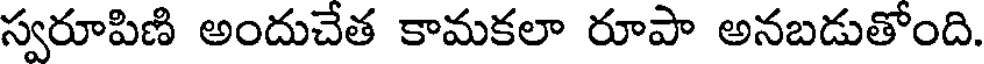
స్వరూపిణి అందుచేత కామకలా రూపా అనబడుతోంది.